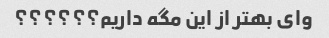
وای بهتر از این مگه داریم؟؟؟؟؟؟